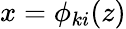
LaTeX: x=\phi_{ki}(z)